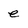
Character: e